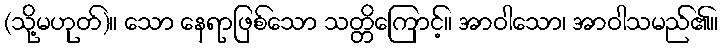
(သို့မဟုတ်)။ သော နေရာဖြစ်သော သတ္တိကြောင့်။ အာဝါသော၊ အာဝါသမည်၏။